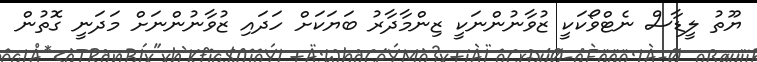
ޔޫތު ލީޑާސް ނެޓްވޯކަކީ ޒުވާނުންނަކީ ޒިންމާދާރު ބަޔަކަށް ހަދައި ޒުވާނުންނަށް މަދަނީ ގޮތުން